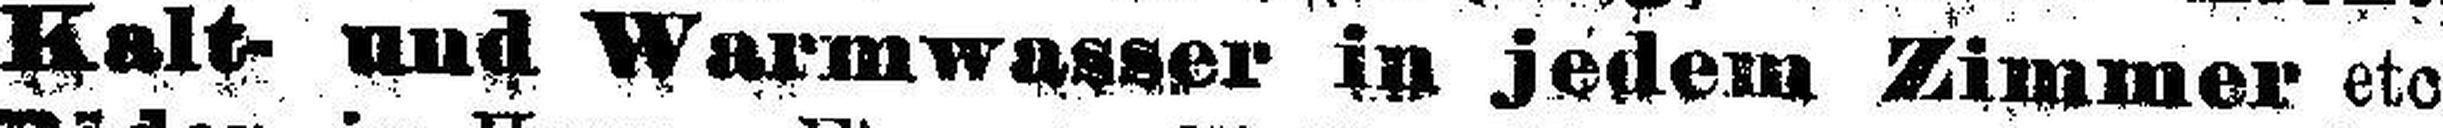
Kalt- und Warmwasser in jedem Zimmer etc